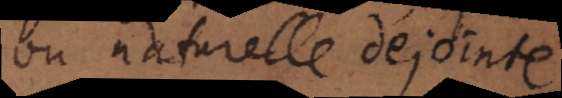
ou naturelle dejointe